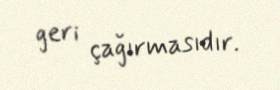
geri çağırmasıdır.